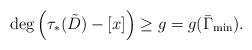
LaTeX: \begin{align*}\deg \left(\tau_*(\tilde{D}) - [x]\right) \geq g = g(\bar{\Gamma}_{\min}).\end{align*}